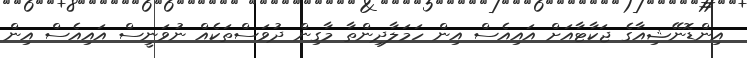
އިންޑޮނޭޝިއާގެ ޖަކާޓާއަށް އައިއެސް އިން ހަމަލާދިންތާ މާގިން ދުވަސްތަކެއް ނުވަނީސް އައިއެސް އިން